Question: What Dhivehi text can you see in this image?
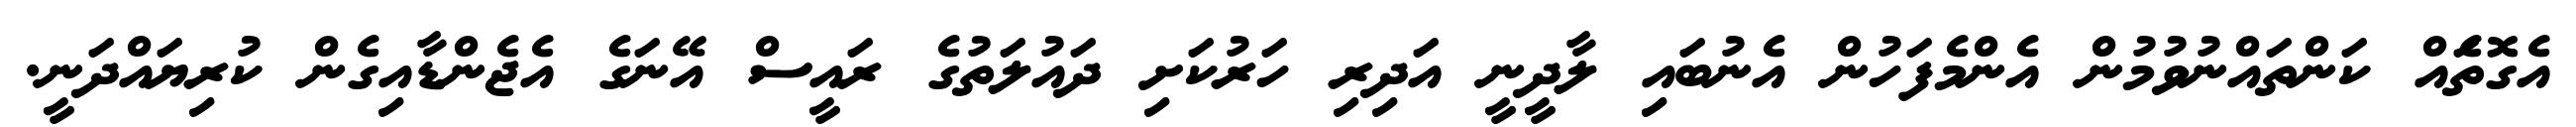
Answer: އެގޮތަެއް ކަންތައްނުވުމުން އެންމެފަހުން އެނުބައި ލާދީނީ އަދިރި ހަރުކަށި ދައުލަތުގެ ރައީސް އޭނަގެ އެޖެންޑާއިގެން ކުރިޔައްދަނީ.